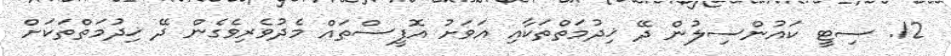
12. ސިޓީ ކައުންސިލުން ދޭ ޚިދުމަތްތަކާއި އަވަށު އޮފީސްތައް މެދުވެރިވެގެން ދޭ ޚިދުމަތްތަކަށް